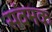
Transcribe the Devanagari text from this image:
संवमक